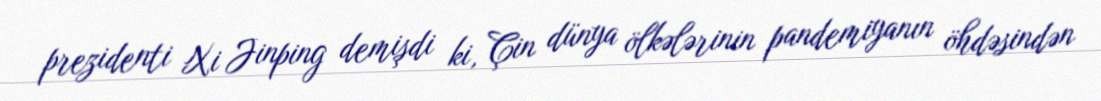
prezidenti Xi Jinping demişdi ki, Çin dünya ölkələrinin pandemiyanın öhdəsindən